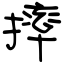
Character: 摔